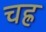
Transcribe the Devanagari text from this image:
चह्र